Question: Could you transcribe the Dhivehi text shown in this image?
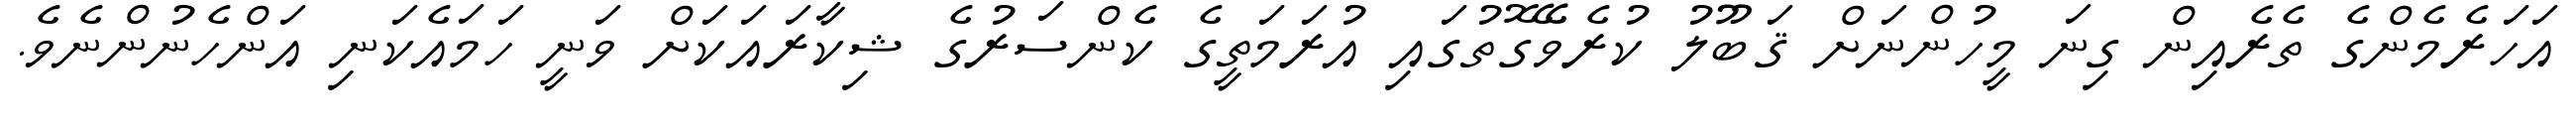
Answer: އަހަރެމެންގެ ތެރެއިން ގިނަ މީހުންނަށް ޤަބޫލު ކުރެވޭގޮތުގައި އުރަމަތީގެ ކެންސަރުގެ ޝިކާރައަކަށް ވަނީ ހަމައެކަނި އަންހެނުންނެވެ.